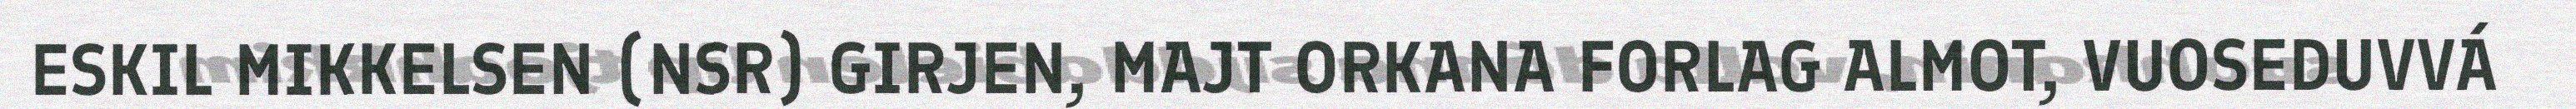
ESKIL MIKKELSEN (NSR) GIRJEN, MAJT ORKANA FORLAG ALMOT, VUOSEDUVVÁ